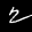
Label: 2